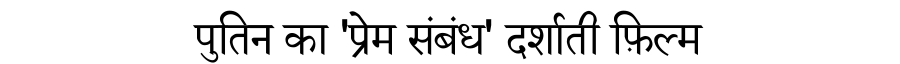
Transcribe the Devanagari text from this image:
पुतिन का 'प्रेम संबंध' दर्शाती फ़िल्म